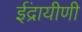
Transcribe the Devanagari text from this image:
ईंद्रायीणी